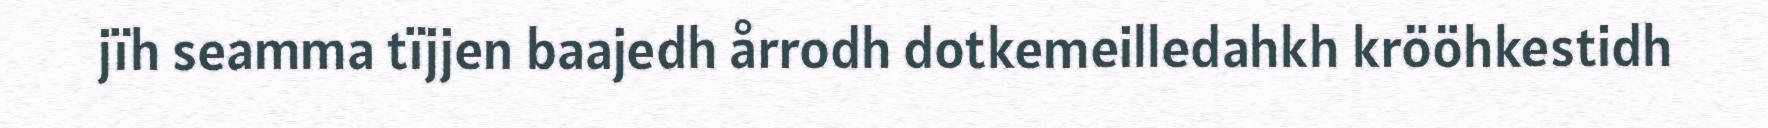
jïh seamma tïjjen baajedh årrodh dotkemeilledahkh krööhkestidh